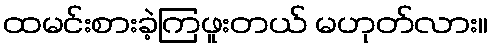
ထမင်းစားခဲ့ကြဖူးတယ် မဟုတ်လား။